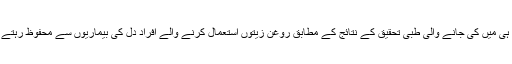
حال ہی میں کی جانے والی طبی تحقیق کے نتائج کے مطابق روغن زیتوں استعمال کرنے والے افراد دل کی بیماریوں سے محفوظ رہتے ہیں۔